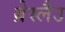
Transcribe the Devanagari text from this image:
ब्रेस्लैउ